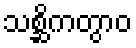
သစ္ဆိကတွာဝ